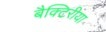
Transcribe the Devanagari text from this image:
बैक्टिरीया